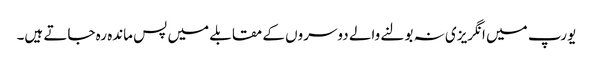
یورپ میں انگریزی نہ بولنے والے دوسروں کے مقابلے میں پس ماندہ رہ جاتے ہیں۔